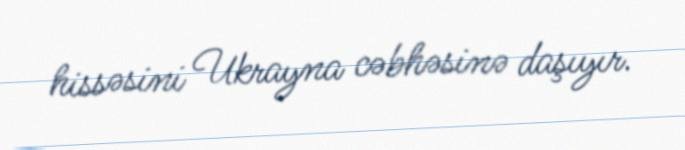
hissəsini Ukrayna cəbhəsinə daşıyır.